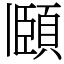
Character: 頥